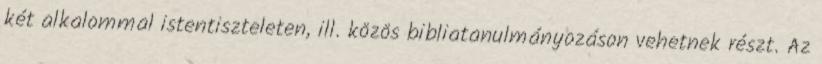
két alkalommal istentiszteleten, ill. közös bibliatanulmányozáson vehetnek részt. Az